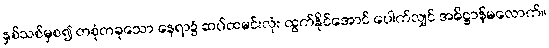
နှစ်သစ်မှစ၍ တစုံတခုသော နေရာ၌ ဆပ်ထမင်းလုံး ထွက်နိုင်အောင် ပေါက်လျှင် အဓိဋ္ဌာန်မလောက်။